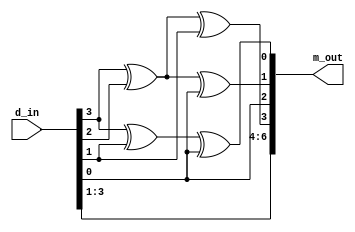
module hamming_emisor (
    input wire [3:0] d_in,
    output wire [6:0] m_out
);

    // Primero coloco los bits del mensaje en su posicion
    assign m_out[6] = d_in[3];
    assign m_out[5] = d_in[2];
    assign m_out[4] = d_in[1];
    assign m_out[2] = d_in[0];
    
    // Ahora calculo los bits de paridad
    assign m_out[3] = d_in[3] ^ d_in[2] ^ d_in[1]; // P2
    assign m_out[1] = d_in[3] ^ d_in[2] ^ d_in[0]; // P1
    assign m_out[0] = d_in[3] ^ d_in[1] ^ d_in[0]; // P0
    
endmodule